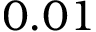
0 . 0 1